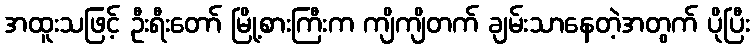
အထူးသဖြင့် ဦးရီးတော် မြို့စားကြီးက ကျိကျိတက် ချမ်းသာနေတဲ့အတွက် ပိုပြီး